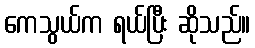
ကေသွယ်က ရယ်ပြီး ဆိုသည်။